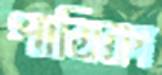
পাত্রিকা